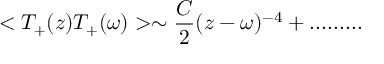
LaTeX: < T _ { + } ( z ) T _ { + } ( \omega ) > \sim \frac { C } { 2 } ( z - \omega ) ^ { - 4 } + . . . . . . . . .